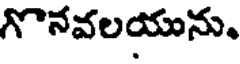
గొనవలయును.